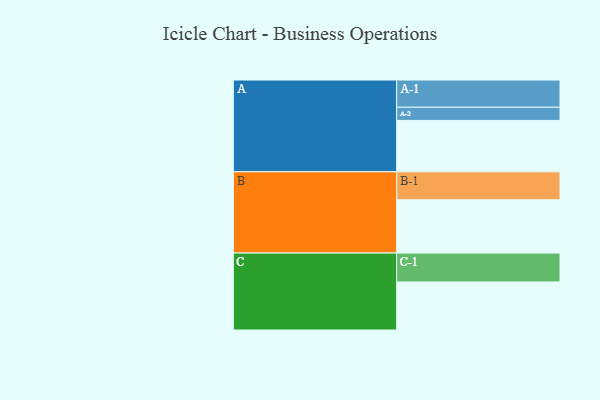
{"axis": {"x": "Segment", "y": "Value"}, "legend": ["", "A", "B", "C"], "data": [{"x": "A", "y": 494, "type": ""}, {"x": "B", "y": 512, "type": ""}, {"x": "C", "y": 462, "type": ""}, {"x": "A-1", "y": 262, "type": "A"}, {"x": "A-2", "y": 127, "type": "A"}, {"x": "B-1", "y": 270, "type": "B"}, {"x": "C-1", "y": 278, "type": "C"}]}